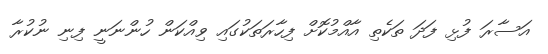
އަސާރަ ފުޅި ފަދަ ތަކެތި އާއްމުކޮށް ފިހާރަތަކުގައި ވިއްކަން ހުންނަނީ ފިނި ނުކުރާ